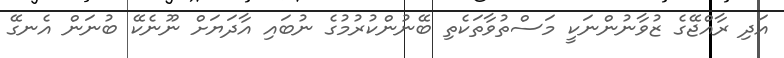
އަދި ރާއްޖޭގެ ޒުވާނުންނަކީ މަސްތުވާތަކެތި ބޭނުންކުރުމުގެ ނުބައި އާދަޔަށް ނޫނެކޭ ބުނަން އެނގޭ